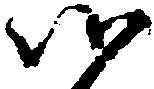
御